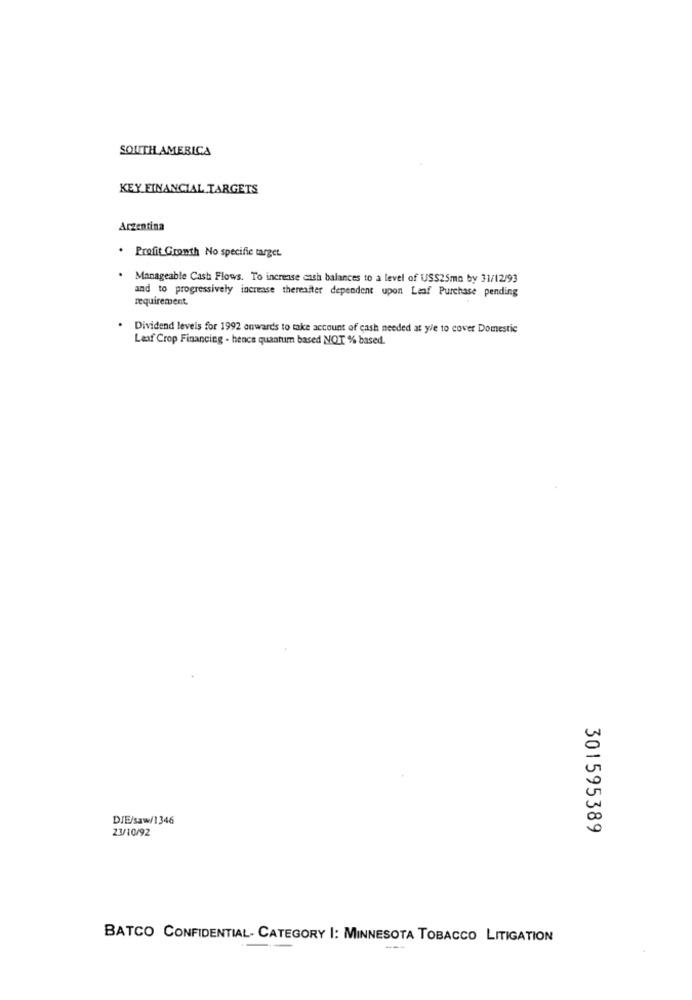
SOUTH AMERICA
KEY FINANCIAL TARGETS
Argentina
. Profit Growth No specifie target.
Manageable Cash Flows. To increase cash balances to a level of US$25mn by 31/12/93
and to progressively increase thereafter dependent upon Leaf Purchase pending
requirement.
Dividend levels for 1992 onwards to take account of cash needed at yle to cover Domestic
Leaf Crop Financing - hence quantum based NOT % based.
DIE/saw/1346
23/10/92
301595389
BATCO CONFIDENTIAL- CATEGORY |: MINNESOTA TOBACCO LITIGATION